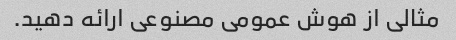
مثالی از هوش عمومی مصنوعی ارائه دهید.